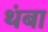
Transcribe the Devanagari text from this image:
थंबा